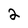
Character: 2